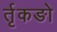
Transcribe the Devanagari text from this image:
र्तृकङो